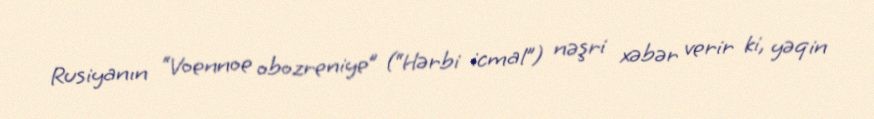
Rusiyanın “Voennoe obozreniye” (“Hərbi icmal”) nəşri xəbər verir ki, yəqin